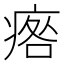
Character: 𤷑